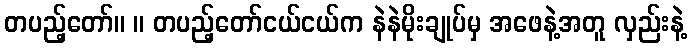
တပည့်တော်။ ။ တပည့်တော်ငယ်ငယ်က နဲနဲမိုးချုပ်မှ အဖေနဲ့အတူ လှည်းနဲ့